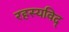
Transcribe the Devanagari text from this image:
रहस्यविद्